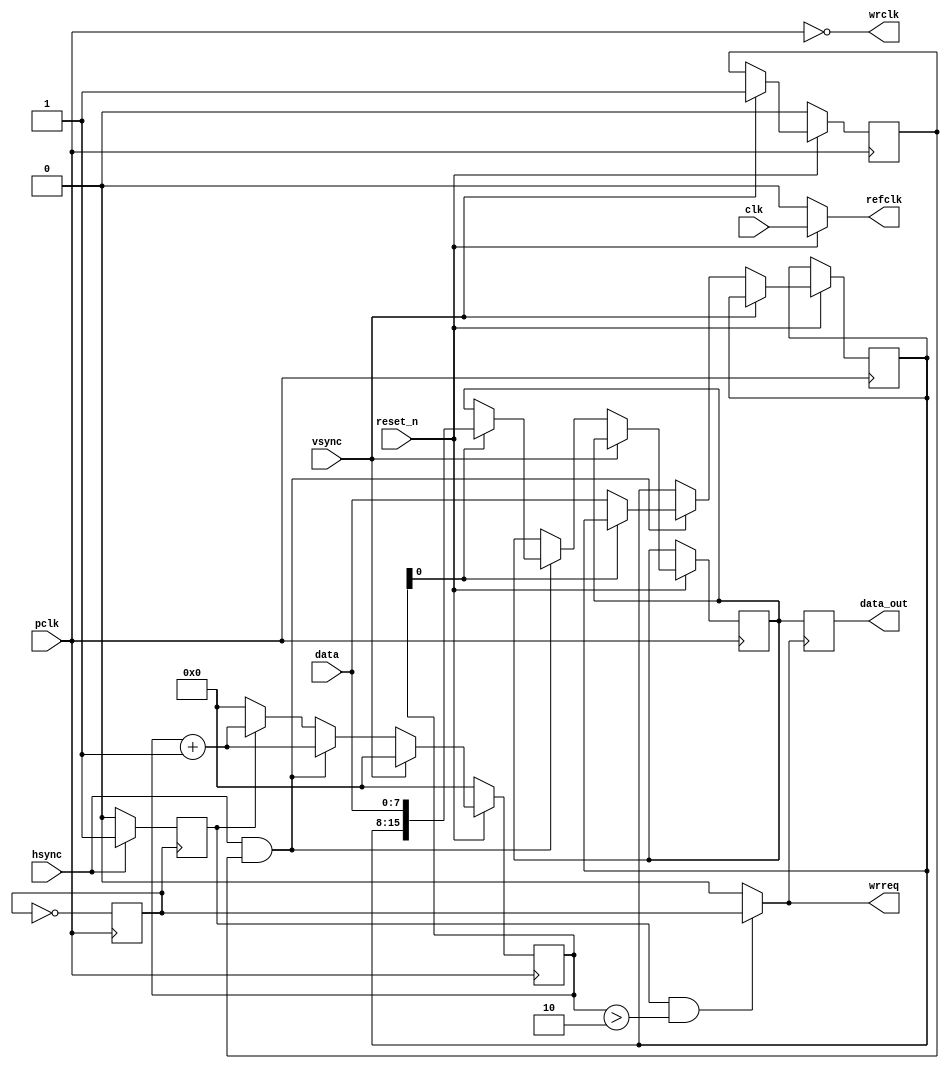
module cameraReader
#(
parameter x_size = 640,
parameter y_size = 480
)
(

	input clk,
	input reset_n,
	
	output refclk,
	
	input pclk,
	input [7:0] data,
	input vsync,
	input hsync,
	
	output reg [15:0] data_out = 0,
	output wire wrreq,
	output wire wrclk
);

reg [19:0] pixel_counter = 0;

assign refclk = reset_n == 1 ? clk : 0;

reg vsync_passed = 0;
reg write_pixel = 0;

reg wrclk1 = 0;

always@(posedge pclk)
wrclk1 <= ~wrclk1;


always@(negedge wrclk1)
begin
	if(hsync == 1)
		write_pixel <= 1;
	else
		write_pixel <= 0;
end

reg [7:0] subpixel;
reg [15:0] current_pixel;

always@(posedge wrreq )
begin
	data_out <= current_pixel;
end

always@(posedge pclk)
begin
	if(reset_n == 0)
		begin
			pixel_counter <= 0;
			vsync_passed <= 0;
		end
	else
		begin
			if(vsync == 1)
			begin
				pixel_counter <= 0;
				vsync_passed <= 1;
			end
			else
				if(hsync == 1 && vsync_passed == 1)
				begin
					if(pixel_counter[0] == 0)
					begin
						pixel_counter <= pixel_counter + 1;
						subpixel <= data;
					end
					else
					begin
						current_pixel <= { subpixel, data};
						pixel_counter <= pixel_counter + 1;
					end
				end
				else
				begin
				if(write_pixel == 1)
					pixel_counter <= pixel_counter + 1;
				else
					pixel_counter <= 0;
				end
			
		end
end

assign wrreq = write_pixel == 1 && pixel_counter > 2 ? wrclk1 : 0;
assign wrclk = ~pclk;


endmodule